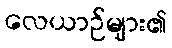
လေယာဉ်များ၏